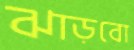
ঝাড়বো